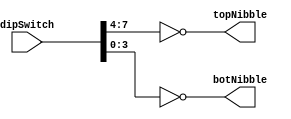
module EightBitSplitInverter (
    // Inputs
    input [7:0] dipSwitch,
    // Outputs
    output reg [3:0] topNibble,
    output reg [3:0] botNibble
    );

    always @(*) begin
        topNibble = ~dipSwitch[7:4];
        botNibble = ~dipSwitch[3:0];
    end
endmodule